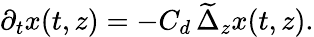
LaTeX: \partial_{t}x(t,z)=-C_{d}\, \widetilde{\Delta}_{z}x(t,z).